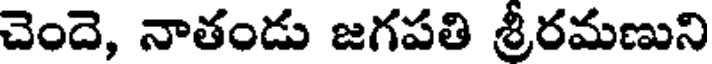
చెందె, నాతండు జగపతి శ్రీరమణుని